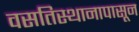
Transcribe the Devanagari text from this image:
वसतिस्थानापासून